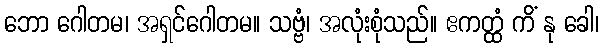
ဘော ဂေါတမ၊ အရှင်ဂေါတမ။ သဗ္ဗံ၊ အလုံးစုံသည်။ ဧကတ္ထံ ကိံ နု ခေါ၊